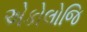
એકોલોજિ